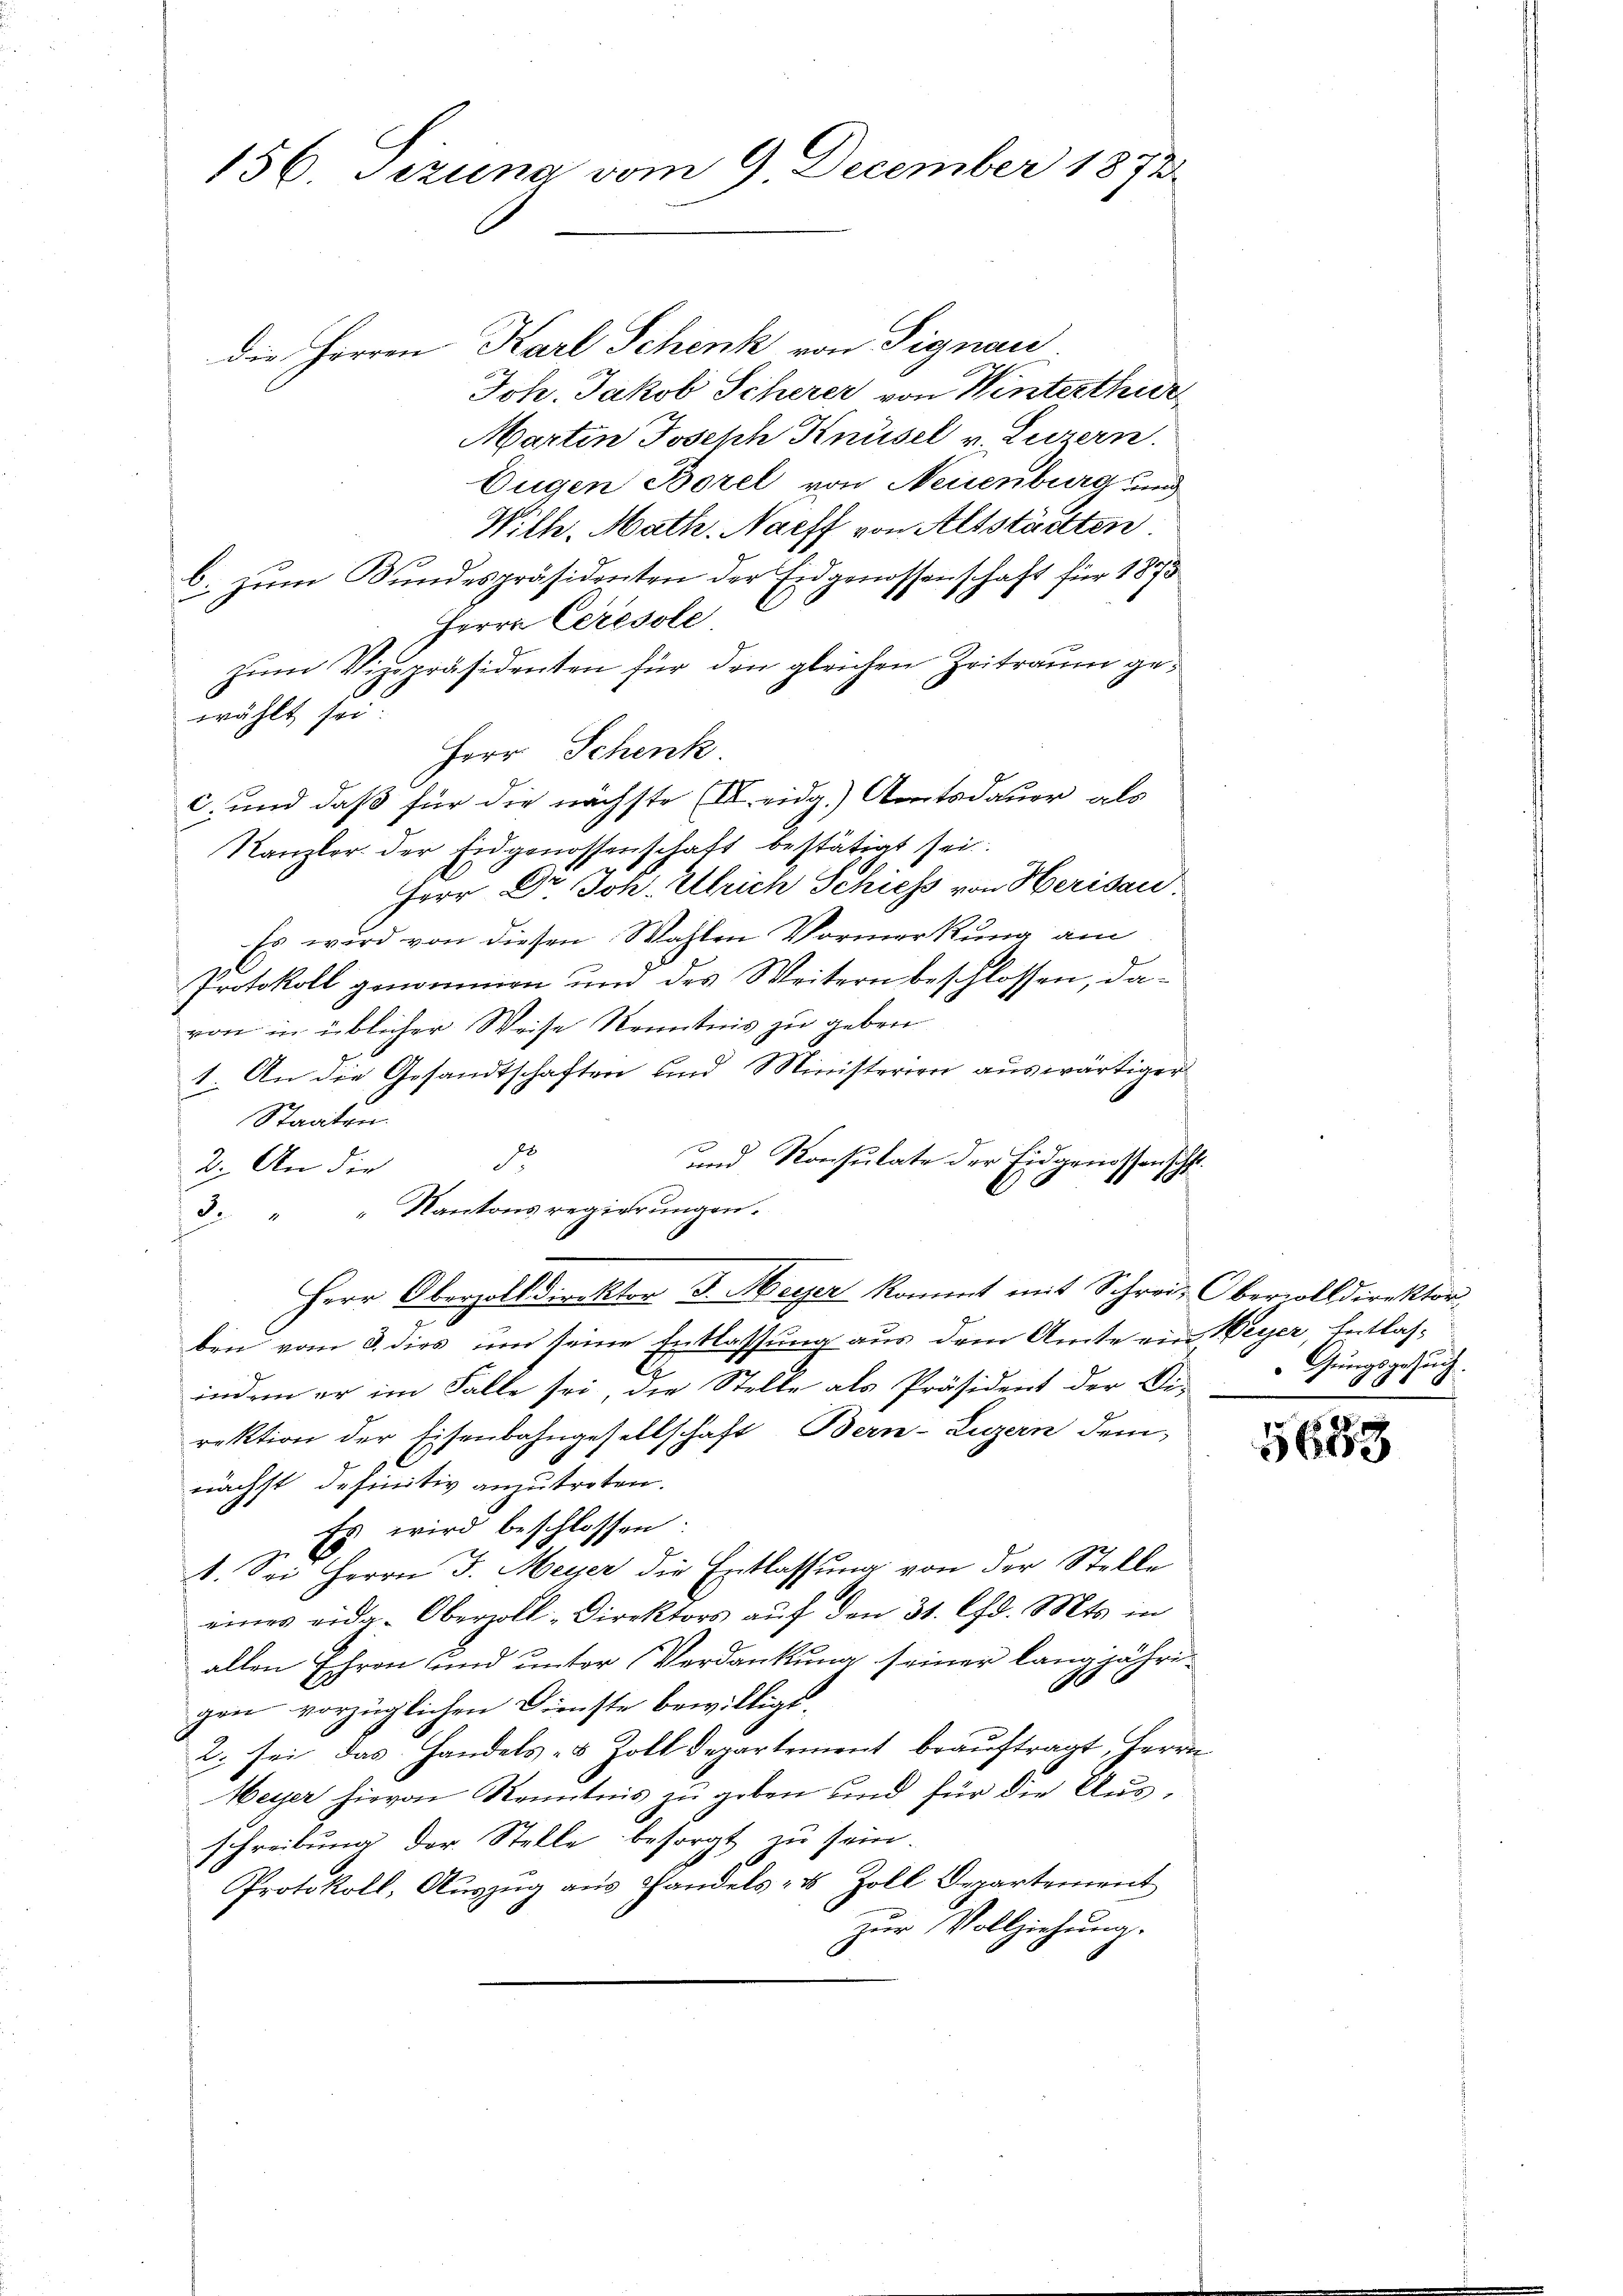
156. Sezuna vom 9 December 1873.

die Herren Karl Schenk von Signau
Joh. Jakob Scherer von Winterthur
Marten Joseph Knüsel v. Luzern.
Eugen Borel von Neuenburg und
Wille, Math. Naeff von Altstätten.
b. zum Bundespräsidenten der Eidgenossenschaft für 1873
Herrn Ceresole
zum Viepräsidenten für den gleichen Zeitraum gewählt sei.
Herr Schenk.
c. und daß für die nächste (I. eidg.) Amtsdauer als
Kanzler der Eidgenossenschaft bestätigt sei.
Herr Dr. Joh. Ulrich Schiess von Herisau.
Es wird von diesen Wahlen Vormerkung am
Protokoll genommen und des Weitern beschlossen, davon in üblicher Weise Kenntnis zu geben
1. An die Gesandtschaften und Ministerien auswärtiger
Staaten.
und Konsulate der Eidgenossenschl
e
2. An die
“ Kantons regierungen.
3.
Herr Oberzolldirektor J. Meyer kommt mit Schreiz Obervolldirektor
ben vom 3. dies um seine Entlassung aus dem Amte ein Weyer, Entlasindem er im Falle sei, die Stelle als Präsident der Di-
rektion der Eisenbahngesellschaft Bern-Luzern dem
nächst definitiv anzutreten.
Es wird beschlossen:
V. Sei Herrn J. Meyer die Entlassung von der Stelle
eines eidg. Oberzoll-Direktors aŭf den 31. Chr. Mts. in
allen Ehren und unter Verdankung seiner langjähri¬
.
gen vorzüglichen Dienste bewilligt.
2. sei das Handels- & Zolldepartement beaŭftragt, Herrn
Meyer hievon Kenntnis zŭ geben und für die Ausschreibung der Stelle besorgt zu sein.
Protokoll, Aŭszŭg aŭs Handels- u. Zoll Departement
zur Vollziehung.

Gungsgesuch

5653